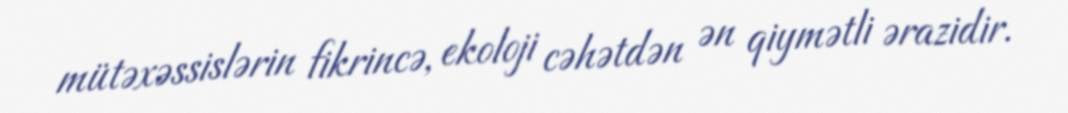
mütəxəssislərin fikrincə, ekoloji cəhətdən ən qiymətli ərazidir.